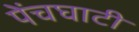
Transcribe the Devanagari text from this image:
पेंचघाटी